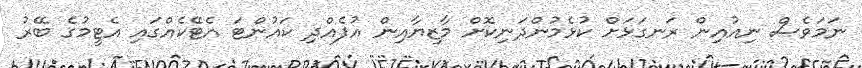
ނަމަވެސް ނިއުއިން ރަނގަޅަށް ކުޅެމުންދަނިކޮށް މާޒިޔާއިން އުފެއްދި ކައުންޓަ އެޓޭކެއްގައި އެޓީމުގެ ބޭރު